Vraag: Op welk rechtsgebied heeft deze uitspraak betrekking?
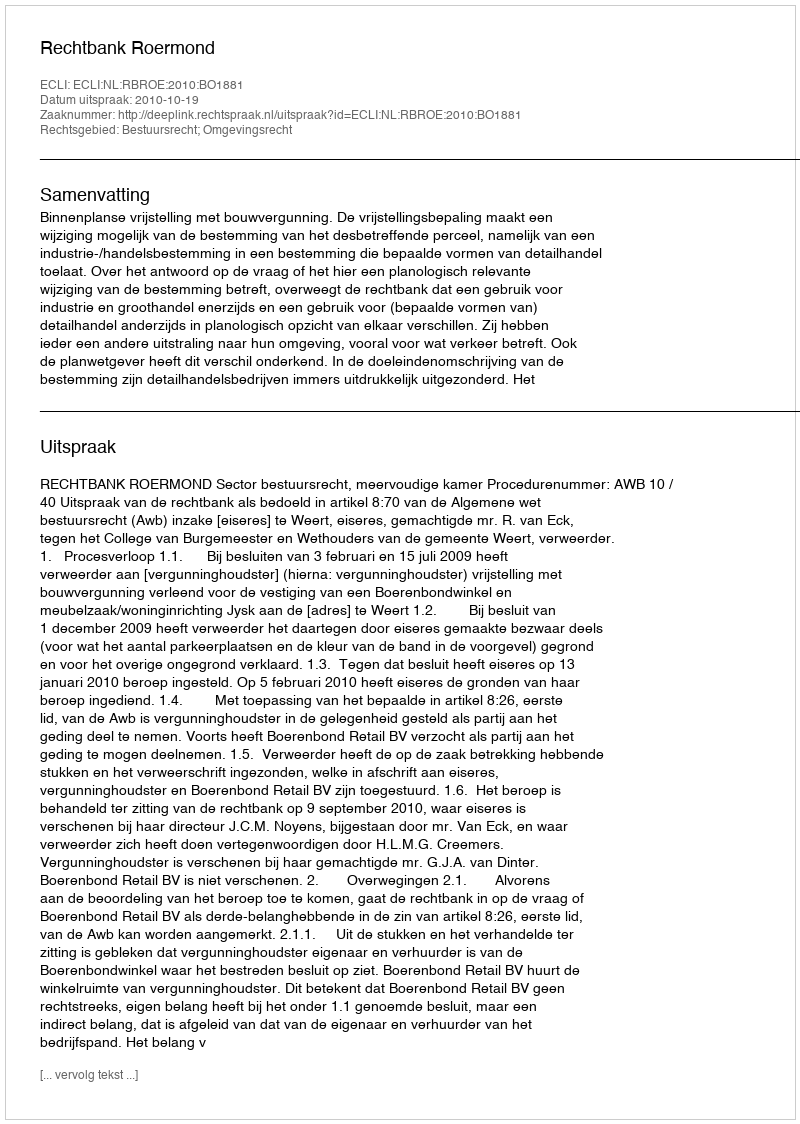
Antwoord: Bestuursrecht; Omgevingsrecht